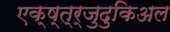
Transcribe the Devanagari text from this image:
एक्ष्त्र्जुदुकिअल